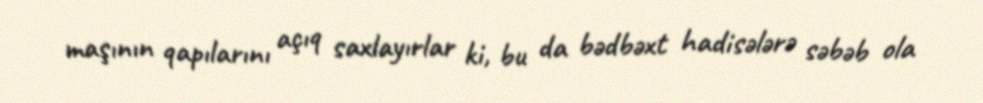
maşının qapılarını açıq saxlayırlar ki, bu da bədbəxt hadisələrə səbəb ola